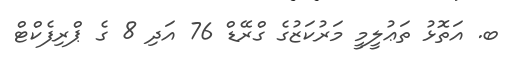
ބ. އަތޮޅު ތަޢުލީމީ މަރުކަޒުގެ ގްރޭޑް 76 އަދި 8 ގެ ޕްރިފެކްޓް